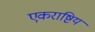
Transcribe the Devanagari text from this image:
एकराष्टिय